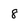
Character: 8